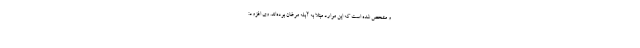
و مشخص شده است که این موارد مبتلا به آبله مرغان بوده‌اند. وی افزود: